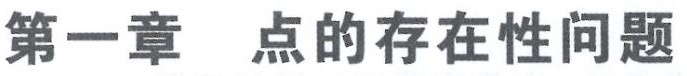
第一章 点的存在性问题